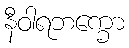
နီဝါရဘက္ခော